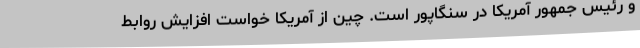
و رئیس جمهور آمریکا در سنگاپور است. چین از آمریکا خواست افزایش روابط